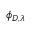
\phi _ { D , \lambda }